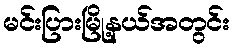
မင်းပြားမြို့နယ်အတွင်း